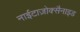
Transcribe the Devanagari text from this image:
नाईटाज़ोक्सैनाइड